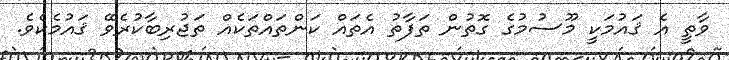
ވާތީ އެ ޤައުމަކީ މޫސުމުގެ ގޮތުން ތަފާތު އެތައް ކަންތައްތަކެއް ތަޖުރިބާކުރެވޭ ޤައުމެކެވެ.